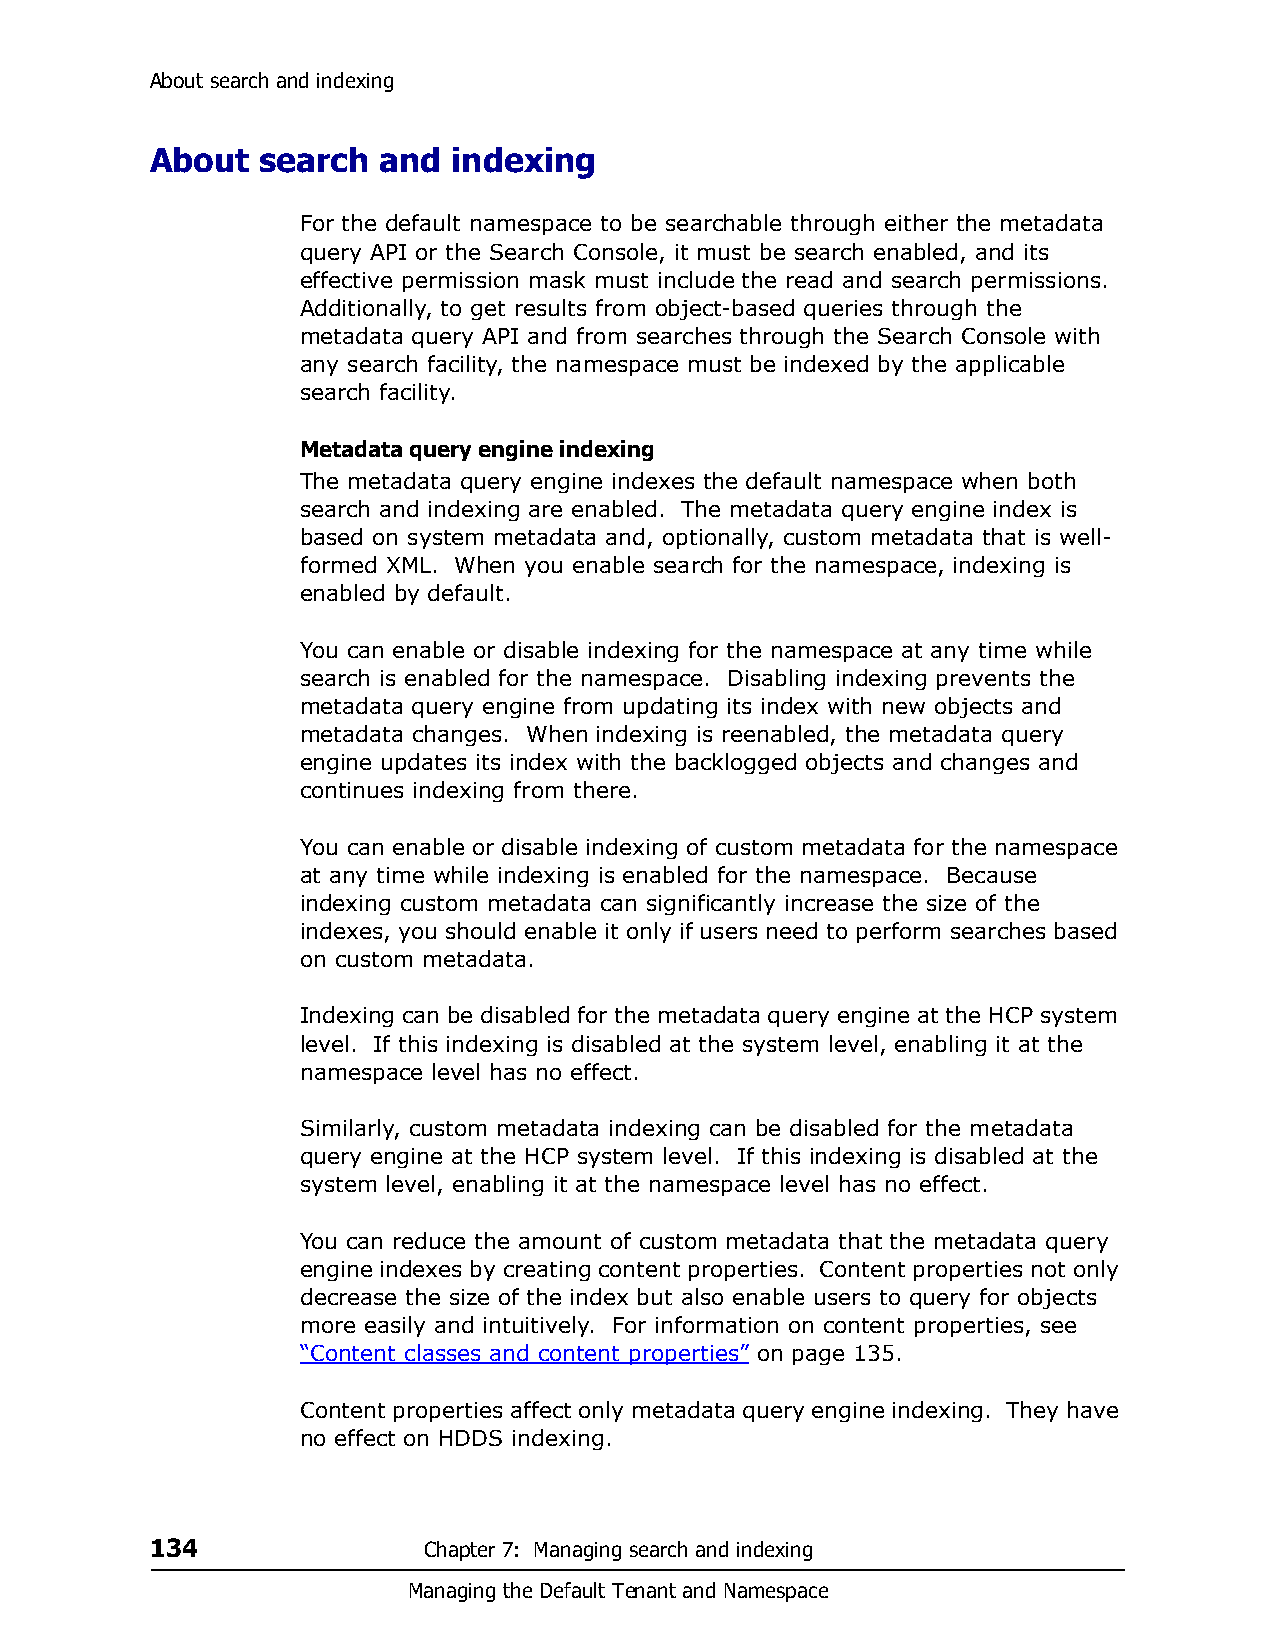
About search and indexing
 About  search  and  indexing
 For the default namespace to be searchable through either the metadata
 query API or the Search Console, it must be search enabled, and its
 effective permission mask must include the read and search permissions.
 Additionally, to get results from object-based queries through the
 metadata query API and from searches through the Search Console with
 any search facility, the namespace must be indexed by the applicable
 search facility.
 Metadata query engine indexing
 The metadata query engine indexes the default namespace when both
 search and indexing are enabled. The metadata query engine index is
 based on system metadata and, optionally, custom metadata that is well-
 formed XML. When you enable search for the namespace, indexing is
 enabled by default.
 You can enable or disable indexing for the namespace at any time while
 search is enabled for the namespace. Disabling indexing prevents the
 metadata query engine from updating its index with new objects and
 metadata changes. When indexing is reenabled, the metadata query
 engine updates its index with the backlogged objects and changes and
 continues indexing from there.
 You can enable or disable indexing of custom metadata for the namespace
 at any time while indexing is enabled for the namespace. Because
 indexing custom metadata can significantly increase the size of the
 indexes, you should enable it only if users need to perform searches based
 on custom metadata.
 Indexing can be disabled for the metadata query engine at the HCP system
 level. If this indexing is disabled at the system level, enabling it at the
 namespace level has no effect.
 Similarly, custom metadata indexing can be disabled for the metadata
 query engine at the HCP system level. If this indexing is disabled at the
 system level, enabling it at the namespace level has no effect.
 You can reduce the amount of custom metadata that the metadata query
 engine indexes by creating content properties. Content properties not only
 decrease the size of the index but also enable users to query for objects
 more easily and intuitively. For information on content properties, see
 “Content classes and content properties” on page 135.
 Content properties affect only metadata query engine indexing. They have
 no effect on HDDS indexing.
 134               Chapter 7: Managing search and indexing
 Managing the Default Tenant and Namespace